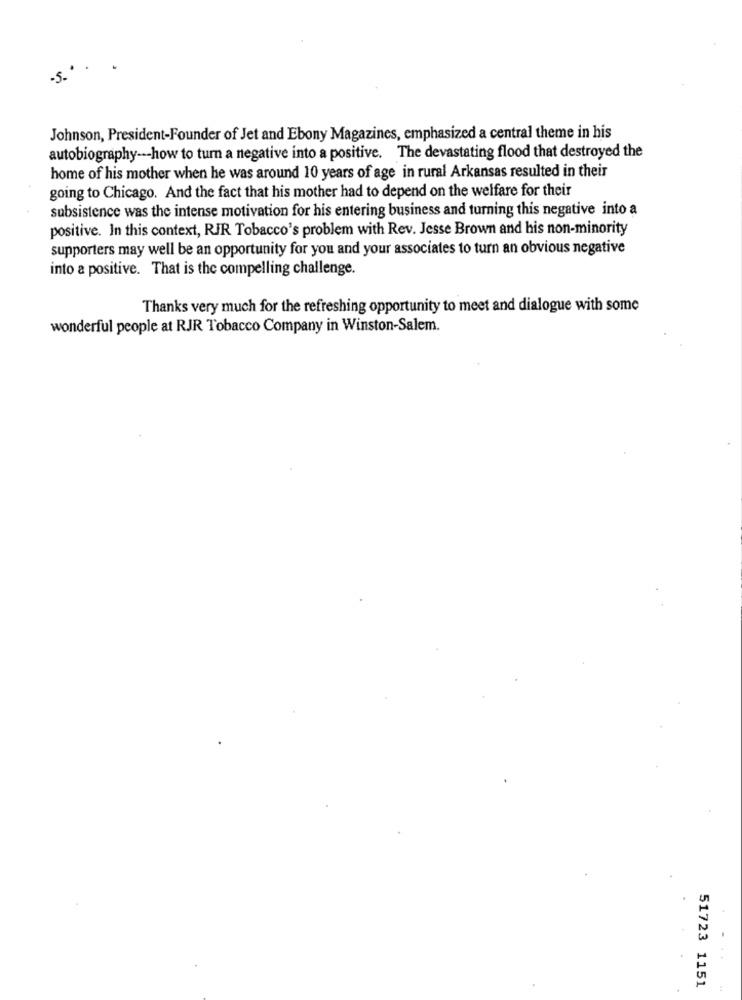
.5. "
Johnson, President-Founder of Jet and Ebony Magazines, emphasized a central theme in his
autobiography --- how to turn a negative into a positive. The devastating flood that destroyed the
home of his mother when he was around 10 years of age in rural Arkansas resulted in their
going to Chicago. And the fact that his mother had to depend on the welfare for their
subsistence was the intense motivation for his entering business and turning this negative into a
positive. In this context, RJR Tobacco's problem with Rev. Jesse Brown and his non-minority
supporters may well be an opportunity for you and your associates to turn an obvious negative
into a positive. That is the compelling challenge.
Thanks very much for the refreshing opportunity to meet and dialogue with some
wonderful people at RJR Tobacco Company in Winston-Salem.
51723 1151